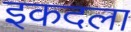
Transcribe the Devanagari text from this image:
इकदला